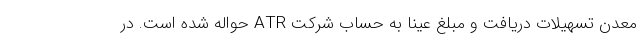
معدن تسهیلات دریافت و مبلغ عیناً به حساب شرکت ATR حواله شده است. در